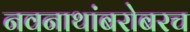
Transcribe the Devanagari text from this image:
नवनाथांबरोबरच